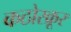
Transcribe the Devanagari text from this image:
कठोरक्रूर